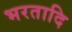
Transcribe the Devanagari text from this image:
भरतादि